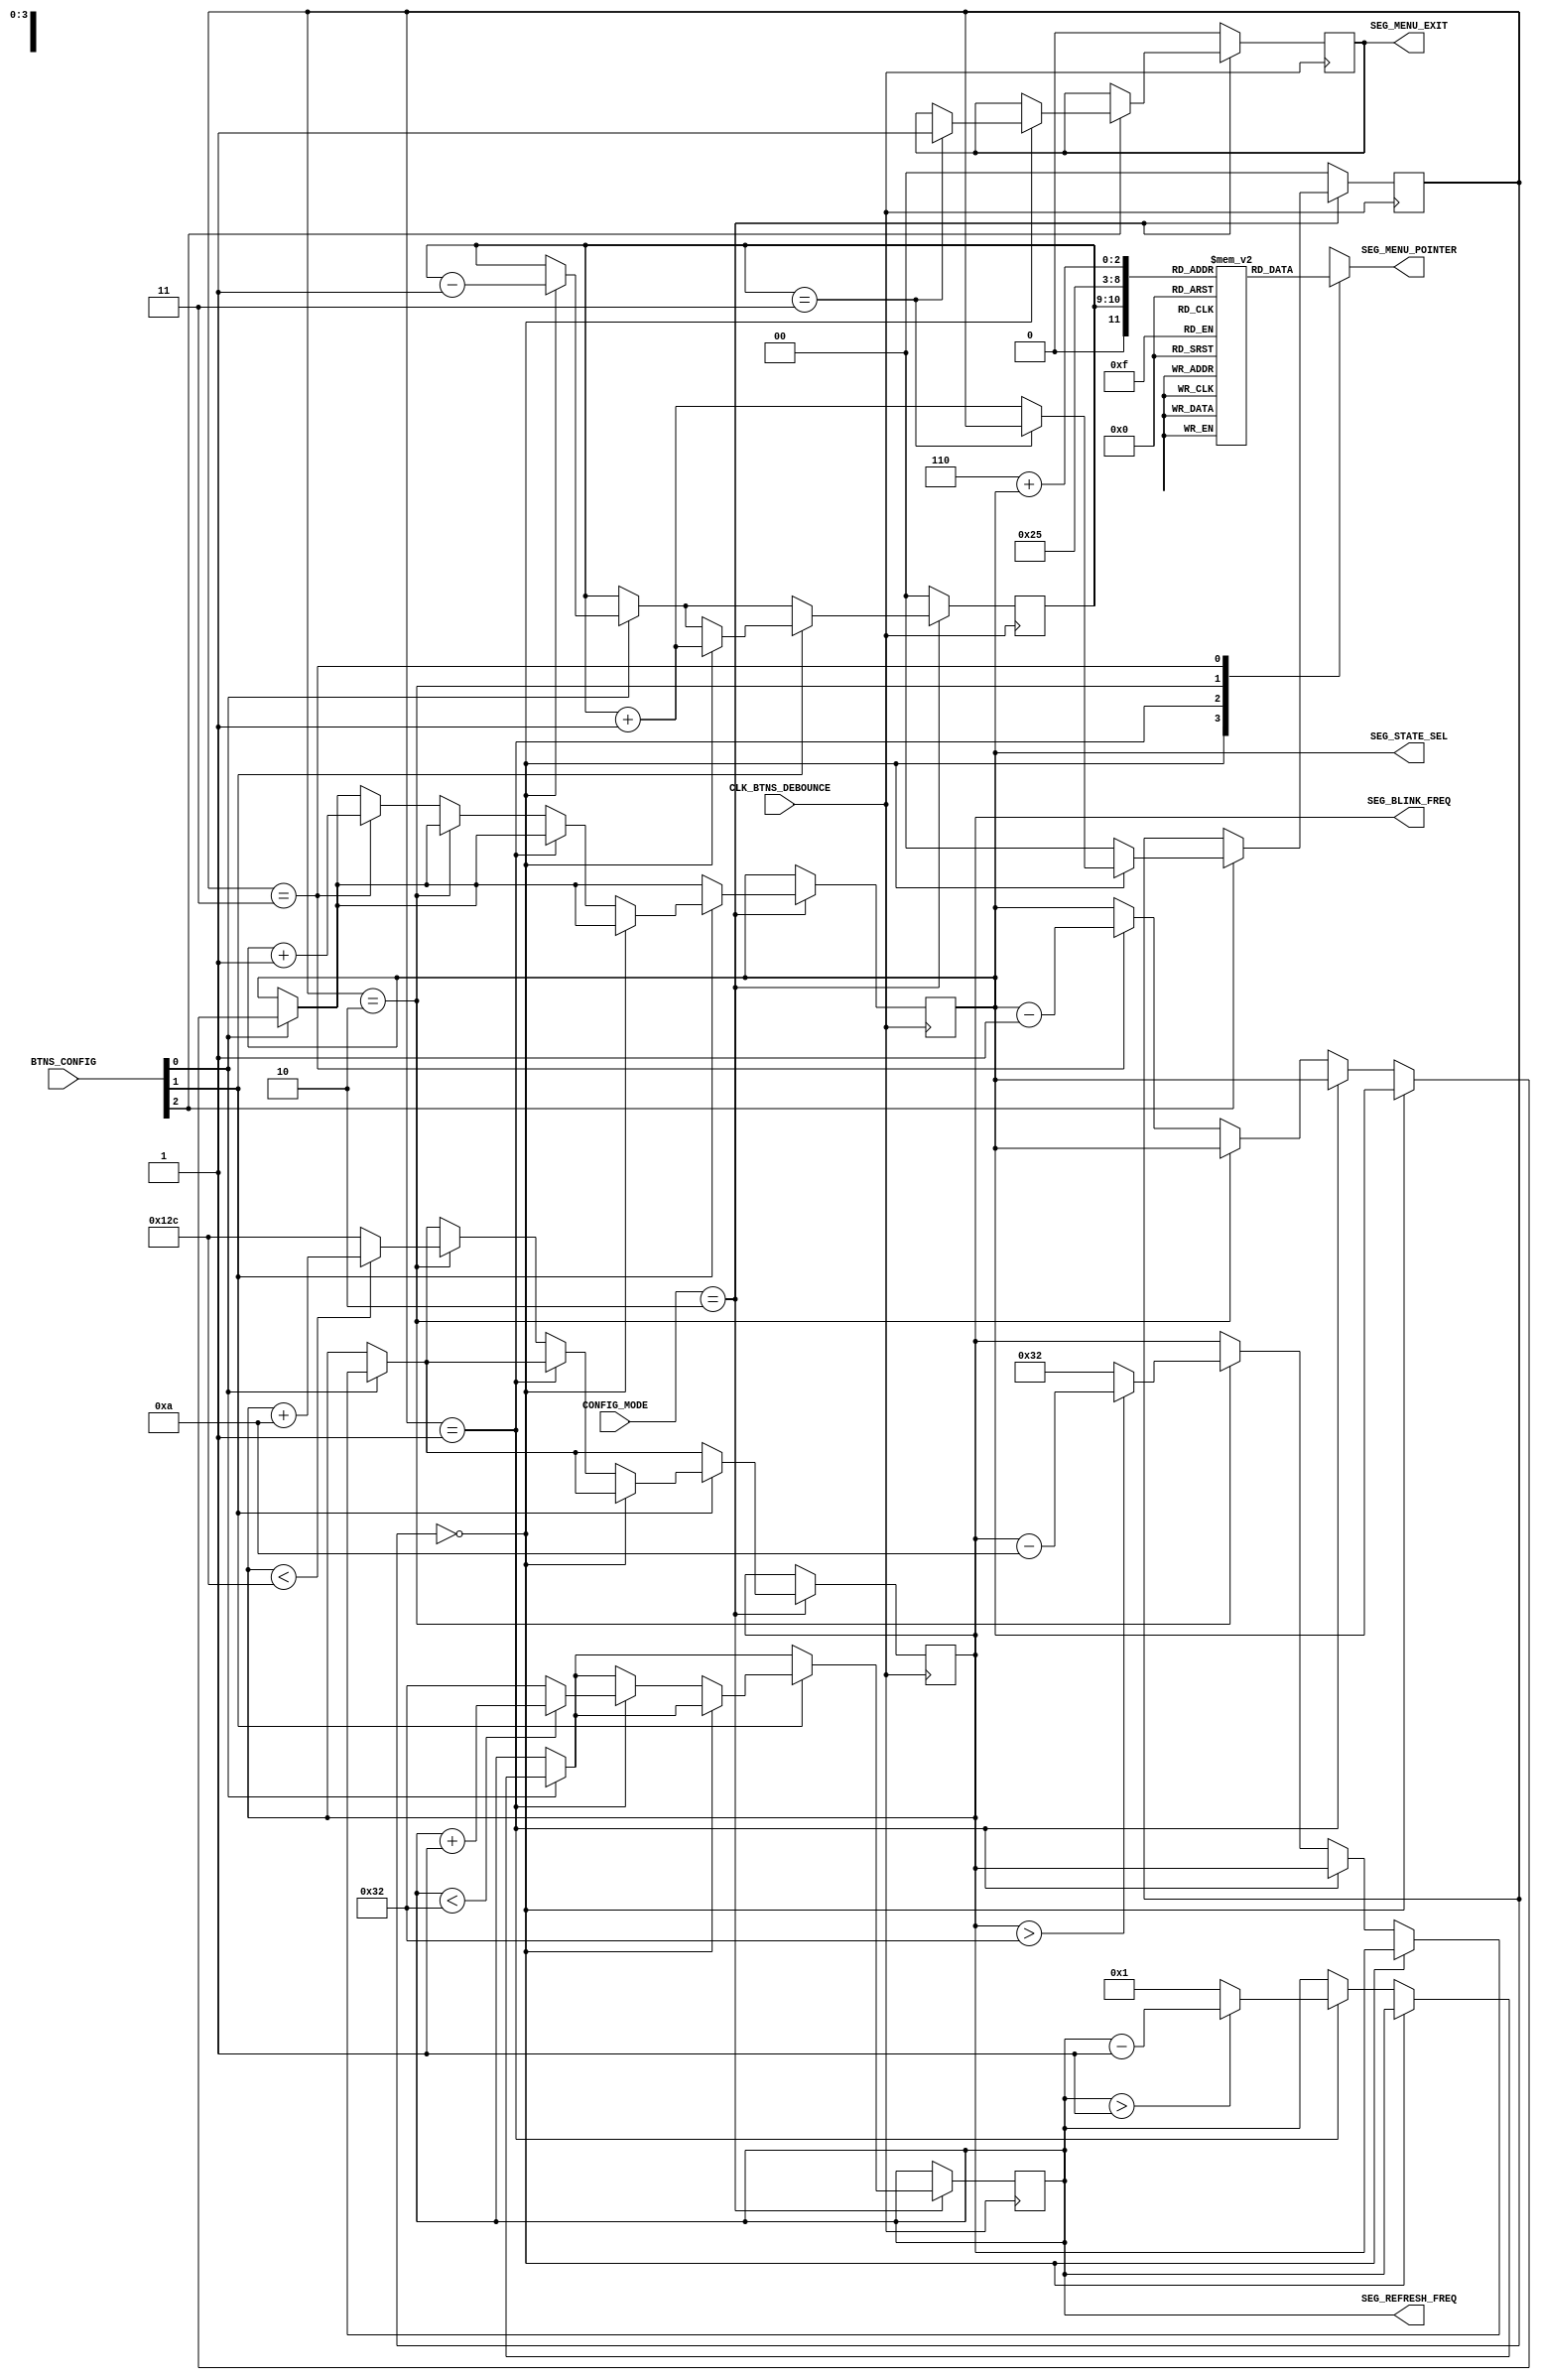
`timescale 1ns / 1ps
//////////////////////////////////////////////////////////////////////////////////
// Company: 
// Engineer: 
// 
// Design Name: 
// Module Name: Seg_Config
// Project Name: 
// Target Devices: 
// Tool Versions: 
// Description: 
// 
// Dependencies: 
// 
// Revision:
// Revision 0.01 - File Created
// Additional Comments:
// 
//////////////////////////////////////////////////////////////////////////////////

module Seg_Config(
    input CLK_BTNS_DEBOUNCE,
    
    input [2:0] BTNS_CONFIG,    // [0] -> BTN_L, [1] -> BTN_R, [2] -> BTN_C
    input [1:0] CONFIG_MODE,
    output reg [5:0] SEG_MENU_POINTER = 0,
    output reg SEG_MENU_EXIT = 0,
    
    output reg [5:0] SEG_REFRESH_FREQ = 10,    // default refresh rate.
    output reg [8:0] SEG_BLINK_FREQ = 200,     // default blinking rate.
    output reg SEG_STATE_SEL = 1               // 7-segment display on by default.
    );
    
    parameter CONFIG_MODE_MAIN = 0;
    parameter CONFIG_MODE_SEG = 2;
    
    parameter SEG_MENU_MAIN = 0;
    parameter SEG_MENU_REFRESH = 1;
    parameter SEG_MENU_BLINK = 2;
    parameter SEG_MENU_STATE = 3;
    parameter SEG_MAIN_RETURN = 3;
    
    parameter SEG_REFRESH_FREQ_MIN = 1;
    parameter SEG_REFRESH_FREQ_MAX = 50;
    parameter SEG_BLINK_FREQ_MIN = 50;
    parameter SEG_BLINK_FREQ_MAX = 300;
    
    reg [1:0] seg_pointer = 0;
    reg [1:0] current = 0;
    reg [5:0] seg_menu [7:0];
    
    initial begin
        seg_menu[0] = 9;    // Refresh frequency (SEG menu)
        seg_menu[1] = 10;   // Blinking frequency (SEG menu)
        seg_menu[2] = 11;   // Display state (SEG menu)
        seg_menu[3] = 14;   // Return (SEG menu)
        seg_menu[4] = 33;   // 7-segment refresh freq. menu
        seg_menu[5] = 34;   // 7-segment blinking freq. menu
        seg_menu[6] = 12;   // Off (SEG state menu)
        seg_menu[7] = 13;   // On (SEG state menu)
    end
    
    always @ (posedge CLK_BTNS_DEBOUNCE) begin
        if (CONFIG_MODE == CONFIG_MODE_SEG) begin
            if (BTNS_CONFIG[0]) begin       // BTN_L
                if (current == SEG_MENU_MAIN)
                    seg_pointer <= (seg_pointer - 1);
                else if (current == SEG_MENU_REFRESH)
                    SEG_REFRESH_FREQ <= (SEG_REFRESH_FREQ > SEG_REFRESH_FREQ_MIN)
                        ? (SEG_REFRESH_FREQ - 1) : SEG_REFRESH_FREQ_MIN;
                else if (current == SEG_MENU_BLINK)
                    SEG_BLINK_FREQ <= (SEG_BLINK_FREQ > SEG_BLINK_FREQ_MIN) ? 
                        (SEG_BLINK_FREQ - 10) : SEG_BLINK_FREQ_MIN;
                else if (current == SEG_MENU_STATE)
                    SEG_STATE_SEL <= (SEG_STATE_SEL - 1);
            end
        
            if (BTNS_CONFIG[1]) begin       // BTN_R
                if (current == SEG_MENU_MAIN)
                    seg_pointer <= (seg_pointer + 1);
                else if (current == SEG_MENU_REFRESH)
                    SEG_REFRESH_FREQ <= (SEG_REFRESH_FREQ < SEG_REFRESH_FREQ_MAX) ? 
                        (SEG_REFRESH_FREQ + 1) : SEG_REFRESH_FREQ_MAX;
                else if (current == SEG_MENU_BLINK)
                    SEG_BLINK_FREQ <= (SEG_BLINK_FREQ < SEG_BLINK_FREQ_MAX) ? 
                        (SEG_BLINK_FREQ + 10) : SEG_BLINK_FREQ_MAX;
                else if (current == SEG_MENU_STATE)
                    SEG_STATE_SEL <= (SEG_STATE_SEL + 1);
            end
        
            if (BTNS_CONFIG[2]) begin       // BTN_C
                if (current == SEG_MENU_MAIN)
                    if (seg_pointer == SEG_MAIN_RETURN)
                        SEG_MENU_EXIT <= 1;
                    else
                        current <= (seg_pointer + 1);
                else
                    current <= SEG_MENU_MAIN;
            end
        end
        else begin
            SEG_MENU_EXIT <= 0;
            seg_pointer <= 0;
            current <= 0;
        end
    end
    
    always @ (*) begin
        case (current)
            SEG_MENU_MAIN: SEG_MENU_POINTER <= seg_menu[seg_pointer];
            SEG_MENU_REFRESH: SEG_MENU_POINTER <= seg_menu[4];
            SEG_MENU_BLINK: SEG_MENU_POINTER <= seg_menu[5];
            SEG_MENU_STATE : SEG_MENU_POINTER <= seg_menu[6+SEG_STATE_SEL];
            default: SEG_MENU_POINTER <= seg_menu[seg_pointer];
        endcase
    end
    
endmodule